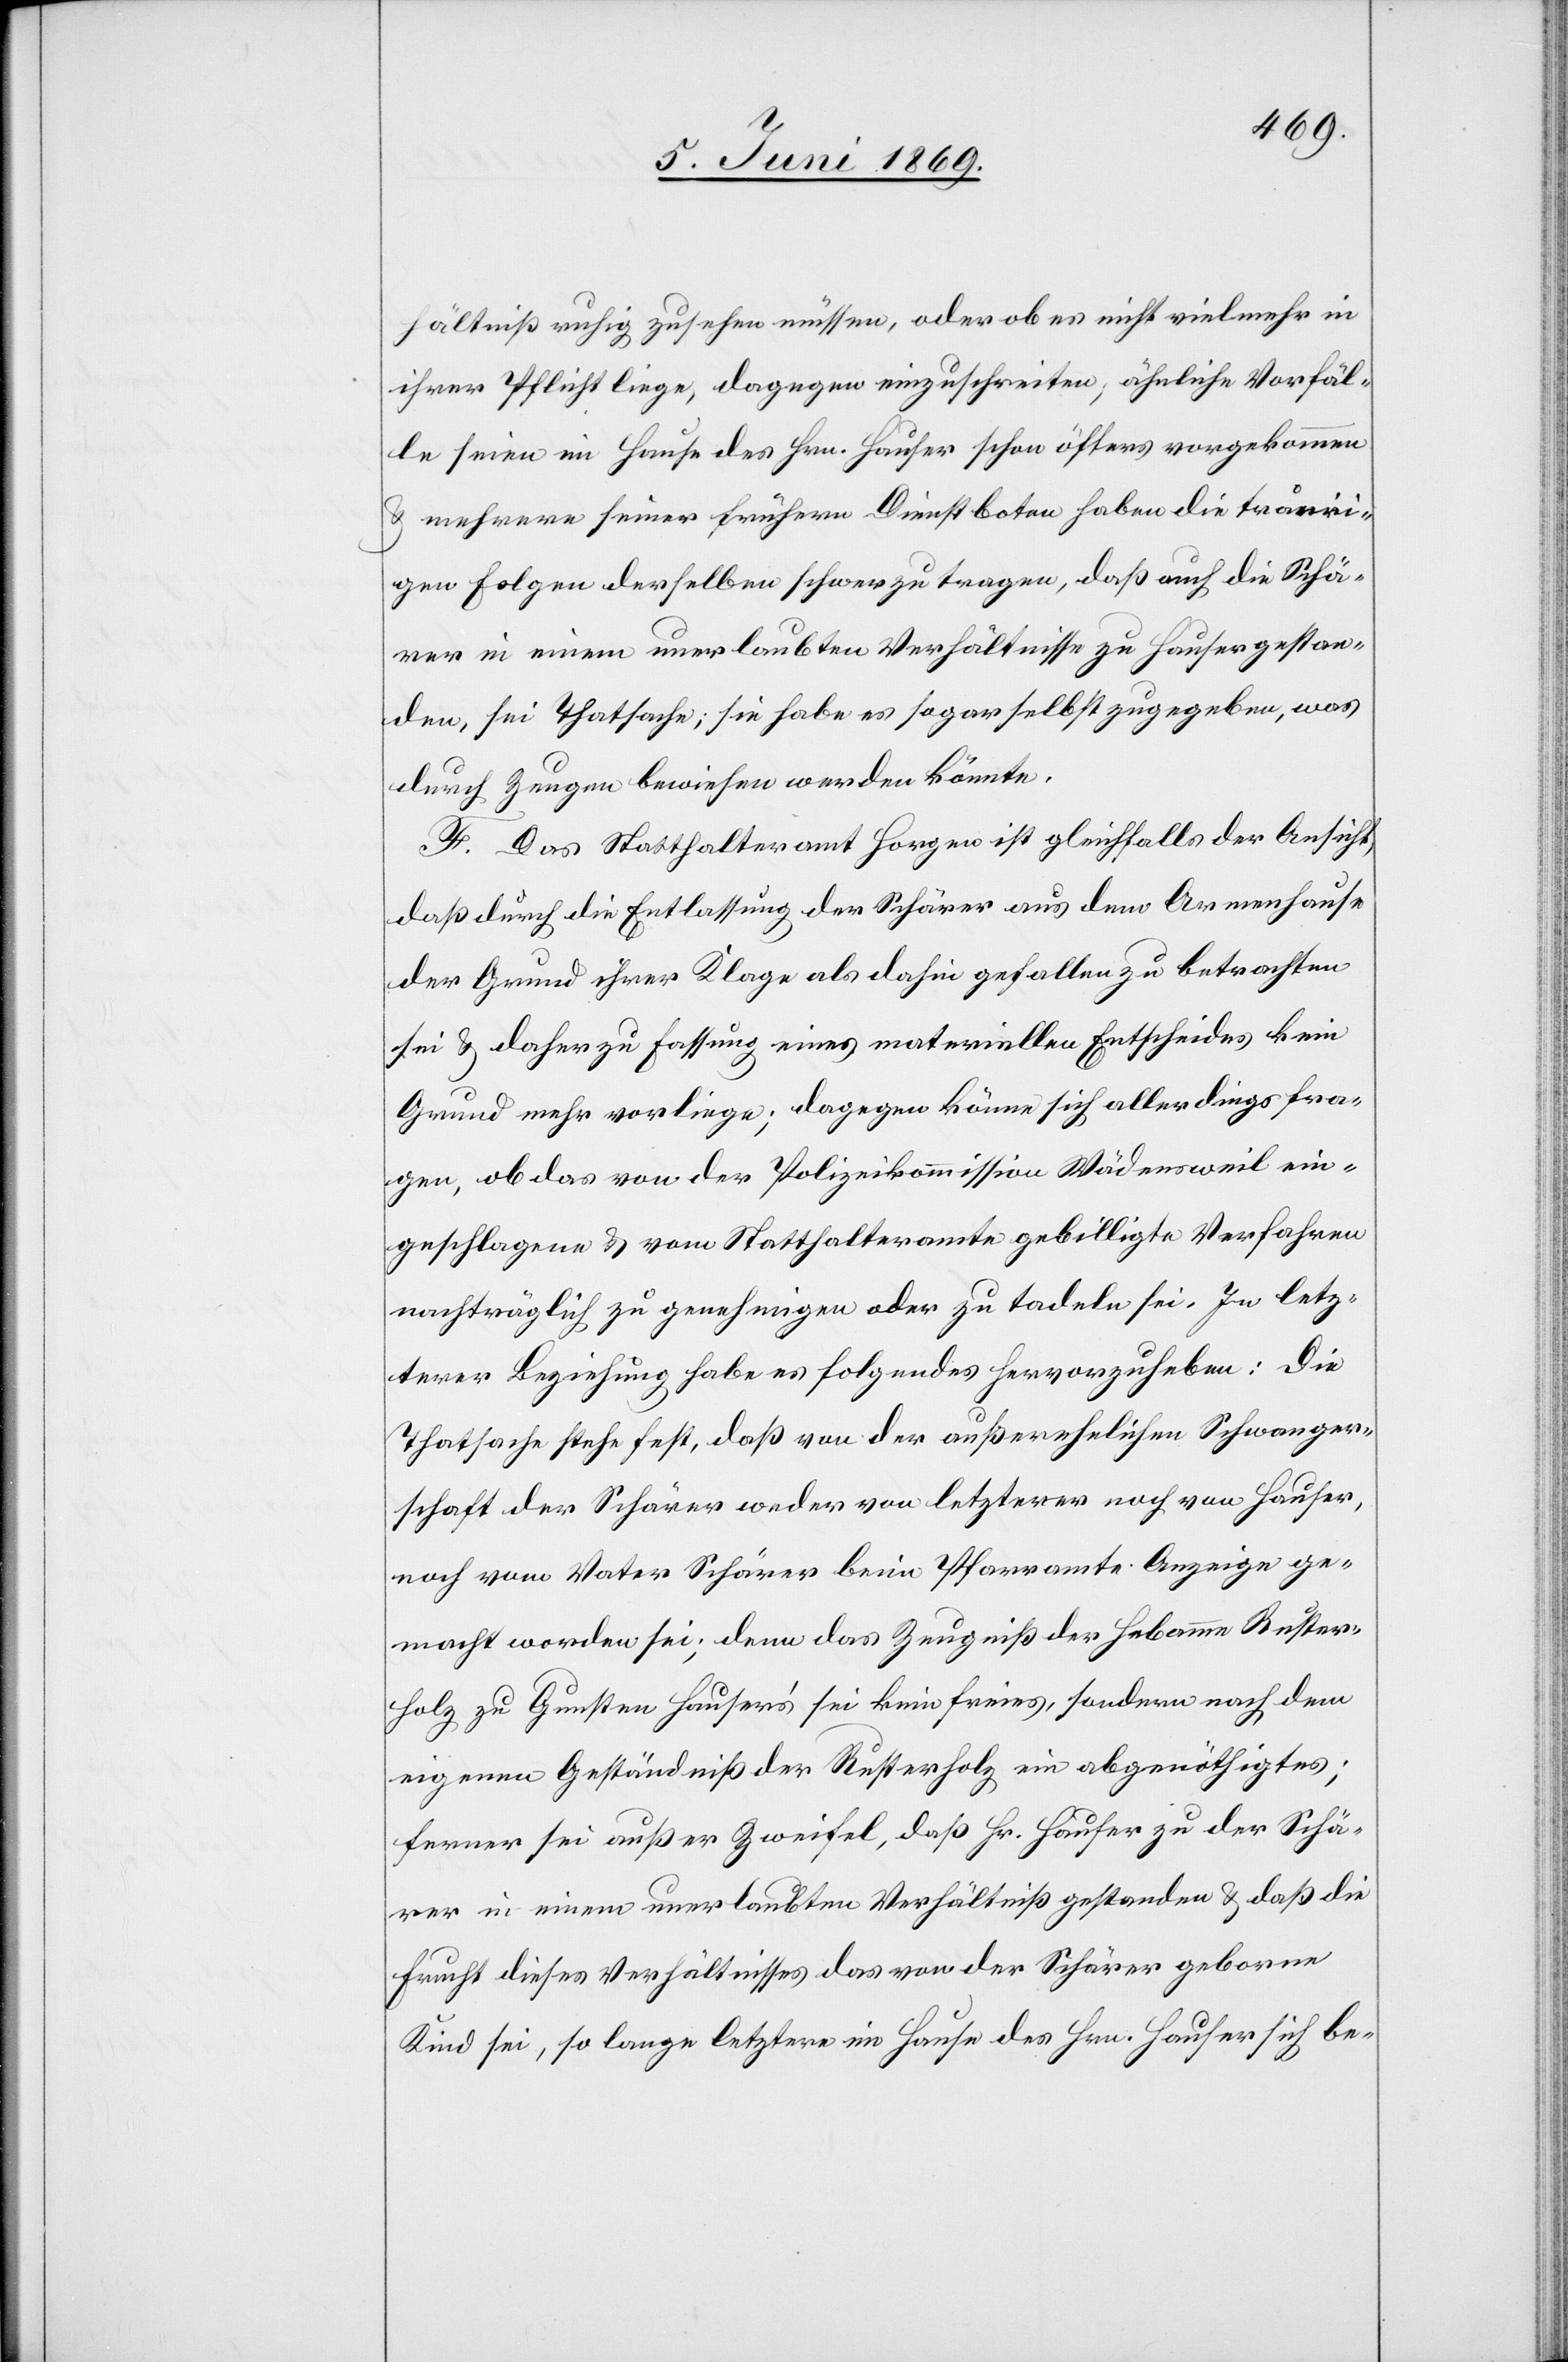
hältniß ruhig zusehen müssen, oder ob es nicht vielmehr in
ihrer Pflicht liege, dagegen einzuschreiten, ähnliche Vorfäl¬
le seien im Hause des Hrn. Hauser schon öfters vorgekommen
u. mehrere seiner frühern Dienstboten haben die trauri¬
gen Folgen derselben schwer zu tragen, daß auch die Schä¬
rer in einem unerlaubten Verhältnisse zu Hauser gestan¬
den, sei Thatsache, sie habe es sogar selbst zugegeben, was
durch Zeugen bewiesen werden könnte.
F. Das Statthalteramt Horgen ist gleichfalls der Ansicht,
daß durch die Entlassung des Schärer aus dem Armenhause
der Grund ihrer Klage als dahin gefallen zu betrachten
sei u. daher zur Fassung eines materiellen Entscheides kein
Grund mehr vorliege; dagegen könne sich allerdings fra¬
gen, ob das von der Polizeikommission Wädensweil ein¬
geschlagene u. vom Statthalteramte gebilligte Verfahren
nachträglich zu genehmigen oder zu tadeln sei. Im letz¬
terer Beziehung habe es folgendes hervorzuheben: Die
Thatsache stehe fest, daß von der außerehelichen Schwanger¬
schaft der Schärer weder von letzterer noch von Hauser,
noch vom Vater Schärer beim Pfarramte Anzeige ge¬
macht worden sei; denn das Zeugniß der Hebamme Ruster¬
holz zu Gunsten Hausers’ sei kein freies, sondern nach dem
eigenen Geständniß der Rusterholz, ein abgenöthigtes;
ferner sei außer Zweifel, daß Hr. Hauser zu der Schä¬
rer in einem unerlaubten Verhältniß gestanden u. daß die
Frucht dieses Verhältnisses das von der Schärer geborne
Kind sei, so lange letztere im Hause des Hrn. Hauser sich be-